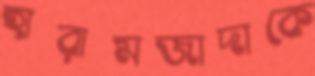
হারামজাদাকে